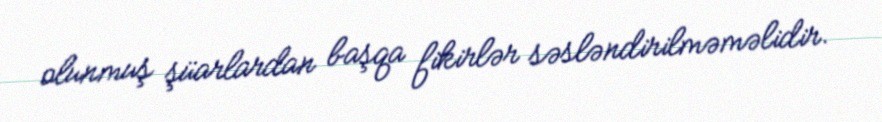
olunmuş şüarlardan başqa fikirlər səsləndirilməməlidir.